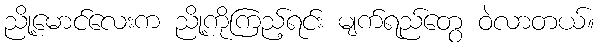
ညို့မောင်လေးက ညို့ကိုကြည့်ရင်း မျက်ရည်တွေ ဝဲလာတယ်။